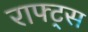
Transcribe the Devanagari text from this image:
राफ्ट्स